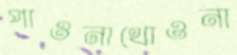
পাওনাথোওনা